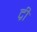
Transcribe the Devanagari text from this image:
द्री